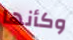
وكأنها